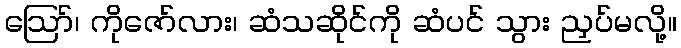
ဪ၊ ကိုဇော်လား၊ ဆံသဆိုင်ကို ဆံပင် သွား ညှပ်မလို့။